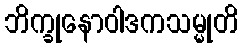
ဘိက္ခုနောဝါဒကသမ္မုတိ